Lunatic asylums Central Provinces reports 1895-1909 - 1895-1909
Year: 1895
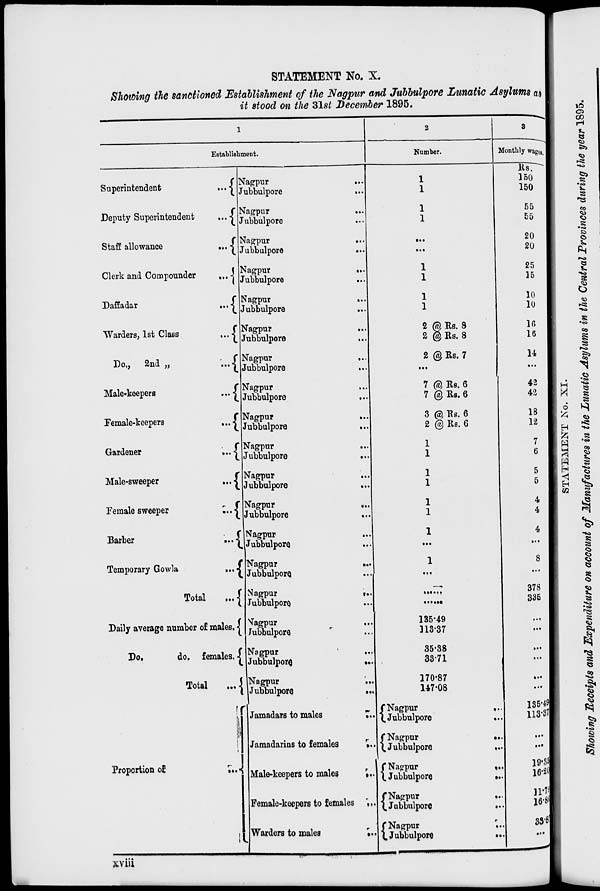
STATEMENT No. X.
Showing the sanctioned Establishment of the Nagpur and Jubbulpore Lunatic Asylums as
it stood on the 31st December 1895.
1
Establishment.
Superintendent
...
Deputy Superintendent
...
Staff allowance
...
Clerk and Compounder
...
Daffadar
...
Warders, 1st Class
...
Do.,
2nd „
...
Male-keepers
...
Female-keepers
...
Gardener
...
Male-sweeper
...
Female sweeper
...
Barber
...
Temporary Gowla
...
Total
...
Daily average number of males.
Do.
do. females.
Total
...
Proportion of
...
Nagpur
...
Jubbulpore
...
Nagpur ...
Jubbulpore ...
Nagpur ...
Jubbulpore
...
Nagpur
...
Jubbulpore
...
Nagpur
...
Jubbulpore
...
Nagpur ...
Jubbulpore ...
Nagpur
...
Jubbulpore ...
Nagpur ...
Jubbulpore ...
Nagpur
...
Jubbulpore
...
Nagpur
...
Jubbulpore
...
Nagpur ...
Jubbulpore
...
Nagpur ...
Jubbulpore
...
Nagpur ...
Jubbulpore ...
Nagpur
...
Jubbulpore ...
Nagpur
...
Jubbulpore ...
Nagpur ...
Jubbulpore ...
Nagpur
...
Jubbulpore
...
Nagpur
...
Jubbulpore
...
Jamadars to males
...
Jamadarins to females
...
Male-keepers to males
...
Female-keepers to females ...
Warders to males
...
2
Number.
1
1
1
1
...
...
1
1
1
1
2 @ Rs. 8
2 @ Rs. 8
2 @ Rs. 7
...
7 @ Rs. 6
7 @ Rs. 6
3 @ Rs. 6
2 @ Rs. 6
1
1
1
1
1
1
1
...
1
...
...
...
135.49
113.37
35.38
33.71
170.87
147.08
Nagpur
...
Jubbulpore
...
Nagpur
...
Jubbulpore
...
Nagpur
...
Jubbulpore
...
Nagpur
...
Jubbulpore
...
Nagpur
...
Jubbulpore
...
3
Monthly wages.
Rs.
150
150
55
55
20
20
25
15
10
10
16
16
14
...
42
42
18
12
7
6
5
5
4
4
4
...
8
...
378
335
...
...
...
...
...
...
135.49
113.37
...
...
19.35
16.20
11.79
16.86
33.82
...
xviii